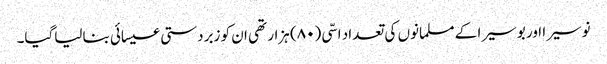
نوسیرا اور بوسیرا کے مسلمانوں کی تعداد اسّی (۸۰) ہزار تھی ان کو زبردستی عیسائی بنالیاگیا۔